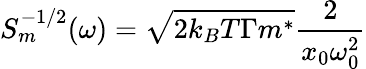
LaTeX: S_{m}^{-1/2}(\omega)=\sqrt{2k_{B}T\Gamma m^{*}}\frac{2}{x_{0}\omega_{0}^{2}}